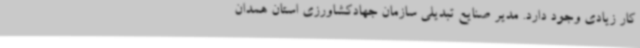
کار زیادی وجود دارد. مدیر صنایع تبدیلی سازمان جهادکشاورزی استان همدان